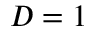
D = 1